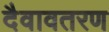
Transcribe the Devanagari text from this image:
दैवावतरण